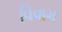
વિવામ